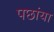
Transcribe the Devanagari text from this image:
पछांया